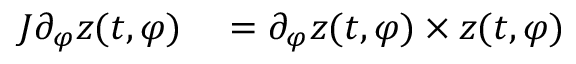
\begin{array} { r l } { J \partial _ { \varphi } z ( t , \varphi ) } & { { } = \partial _ { \varphi } z ( t , \varphi ) \times z ( t , \varphi ) } \end{array}